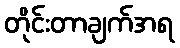
တိုင်းတာချက်အရ